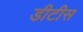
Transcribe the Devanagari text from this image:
डीटीस